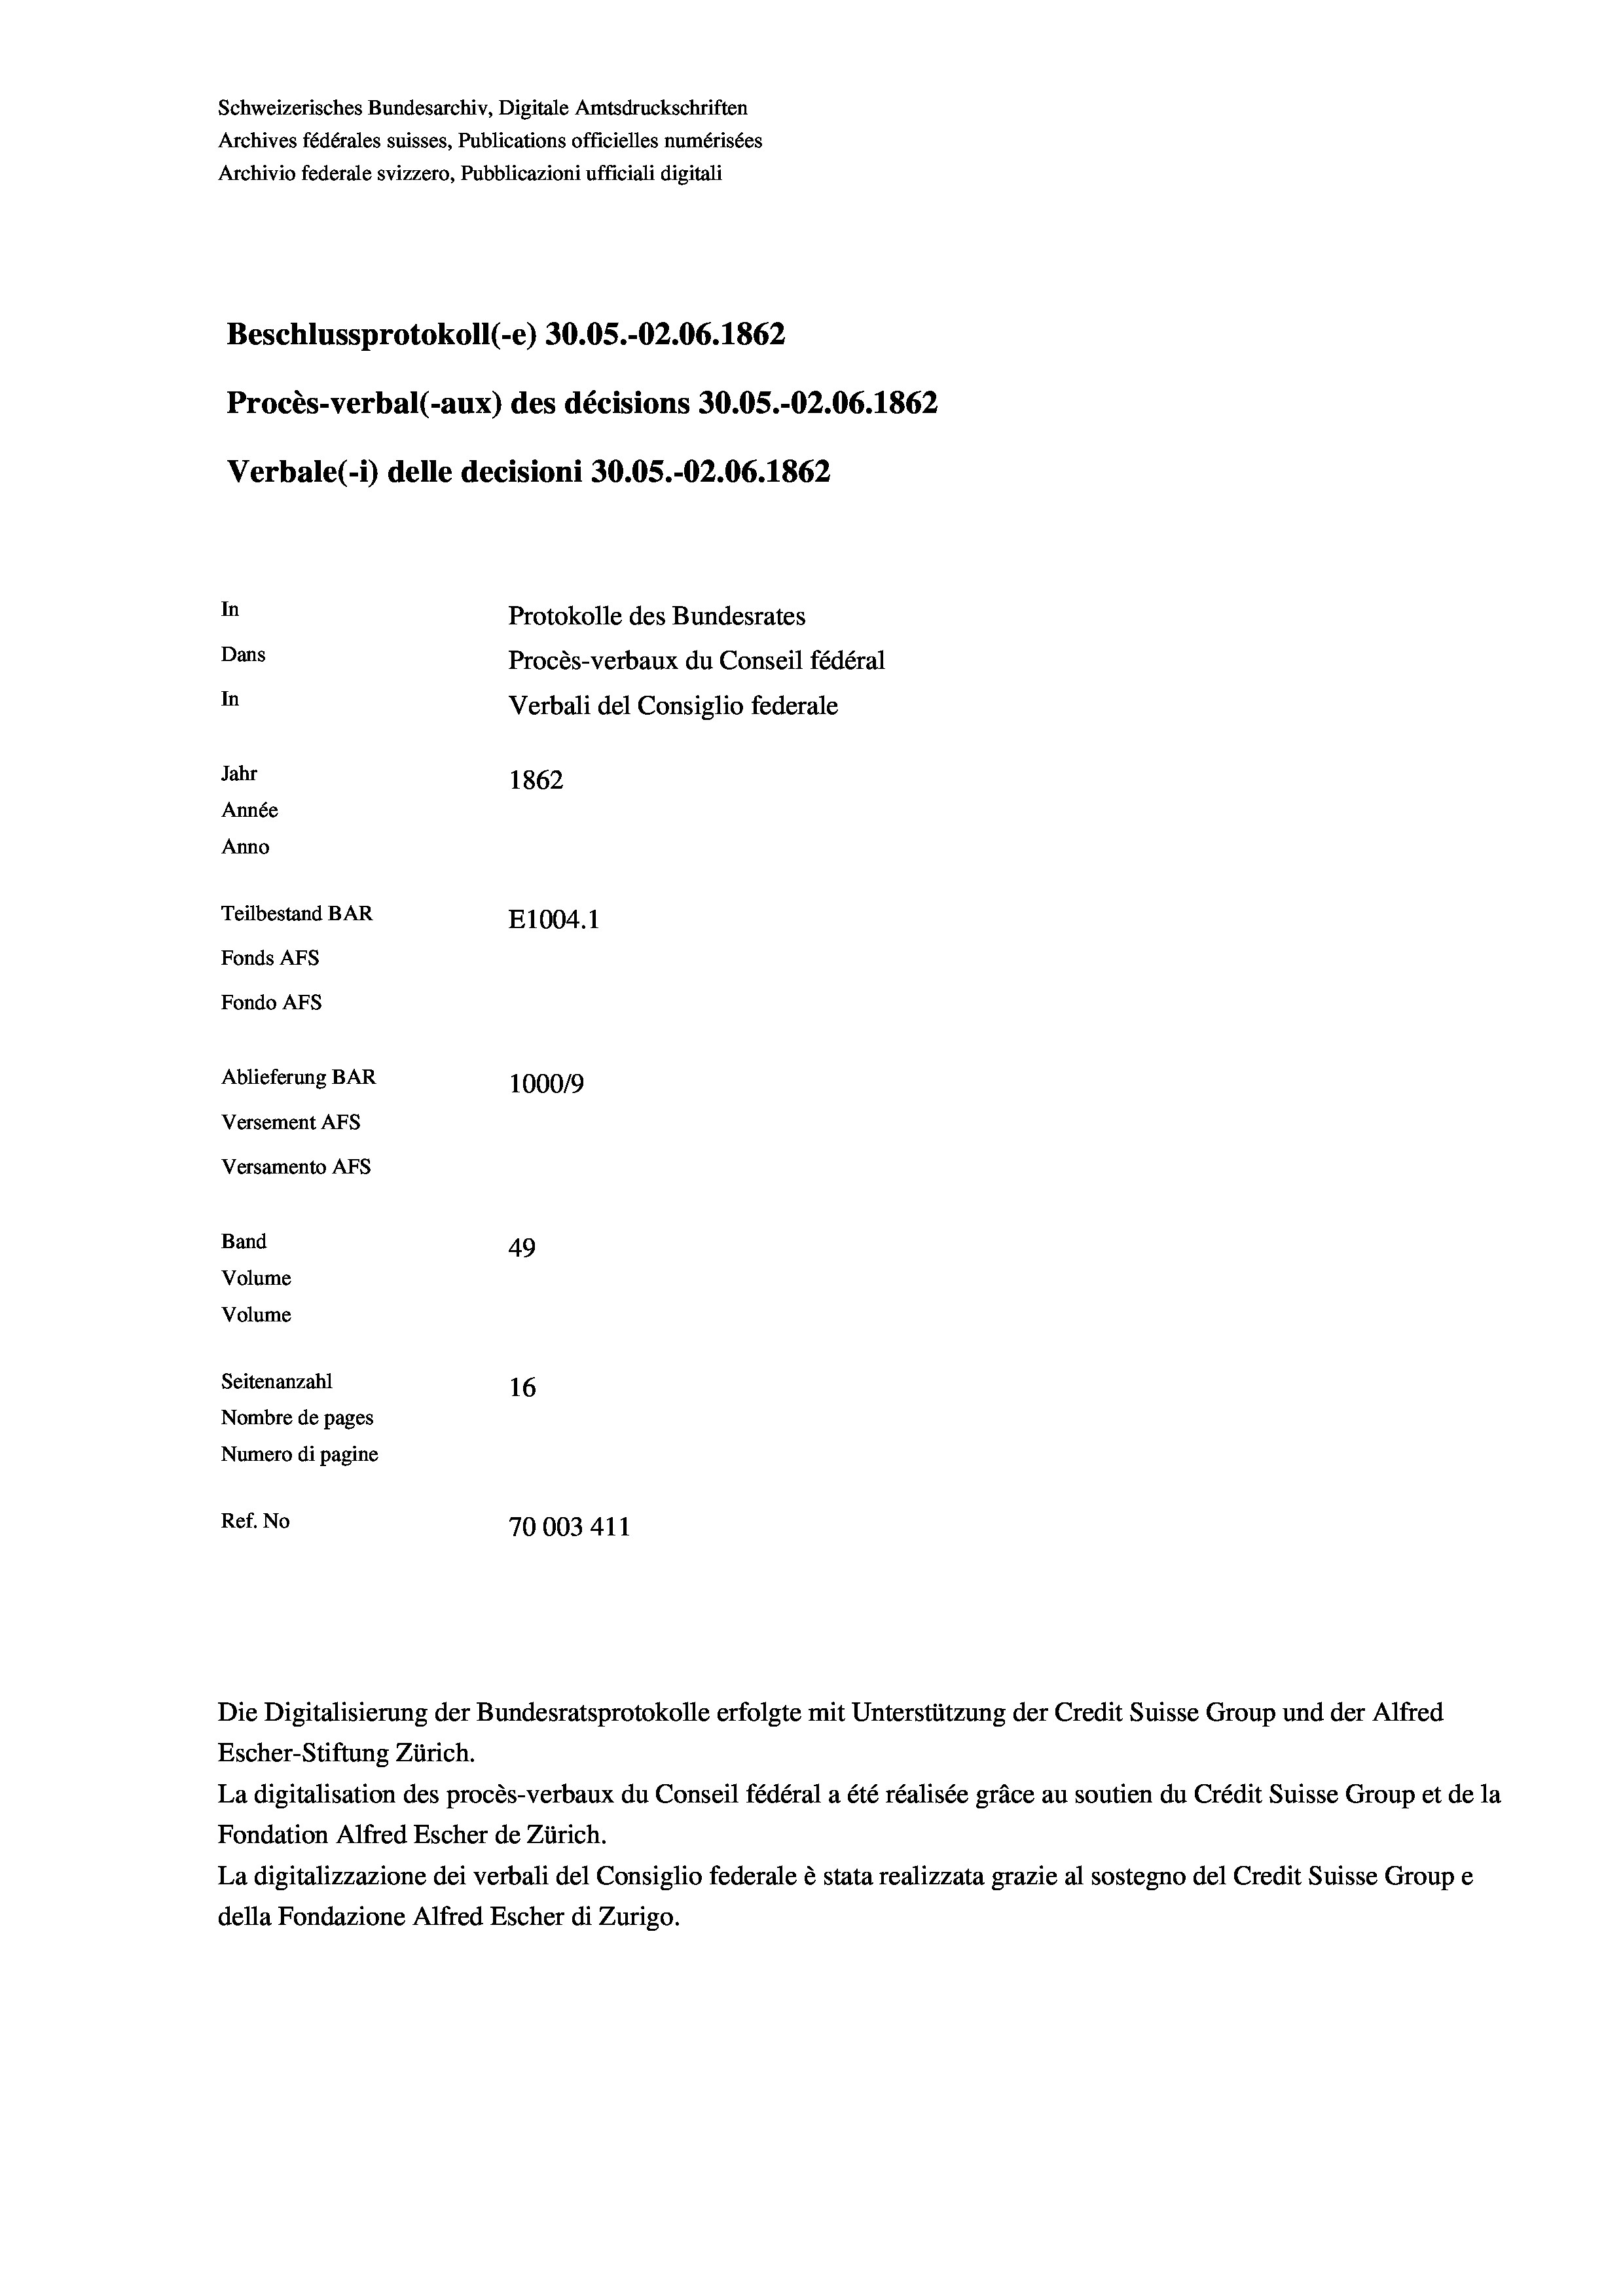
Schweizerisches Bundesarchiv, Digitale Amtsdruckschriften
Archives fédérales suisses, Publications officielles numérisées
Archivio federale svizzero, Pubblicazioni ufficiali digitali
Beschlussprotokoll (-e) 30.05.-O2.06. 1862
Procès-verbal (-aux) des décisions 30.05.-O2.06. 1862
Verbale (i) delle decisioni 30.05.-O2.06. 1862
In
Protokolle des Bundesrates
Dans
Procès-verbaux du Conseil fédéral
In
Verbali del Consiglio federale
Jahr
1862
Année
Anno
Teilbestand BAR
E1004. 1
Fonds AFs
Fondo Afs
Ablieferung BAR
100019
Versement AFs
Versamento Afs
Band
49
Volume
Volume

Seitenanzahl
16
Nombre de pages
Numero di pagine
Ref. No
70003 411

Escher-Stiftung Zürich.
La digitalisation des procès-verbaux du Conseil fédéral a été réalisée gräce au soutien du Crédit Suisse Group et de la
Fondation Alfred Escher de Zürich.
La digitalizzazione dei verbali del Consiglio federale è stata realizzata grazie al sostegno del Credit Suisse Groupe
della Fondazione Alfred Escher di Zurigo.

Die Digitalisierung der Bundesratsprotokolle erfolgte mit Unterstützung der Credit Suisse Group und der Alfred